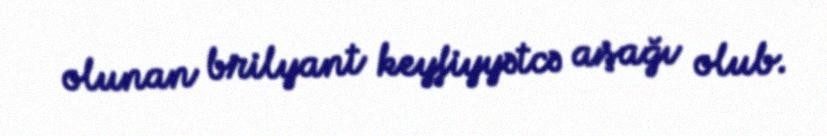
olunan brilyant keyfiyyətcə aşağı olub.